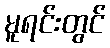
မူရင်းတွင်